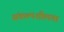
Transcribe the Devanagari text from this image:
संकल्पशीलता